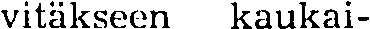
vitäkseen kaukai-